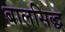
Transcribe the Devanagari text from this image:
बालसिद्ध